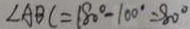
\angle A B C = 1 8 0 ^ { \circ } - 1 0 0 ^ { \circ } = 8 0 ^ { \circ }